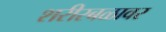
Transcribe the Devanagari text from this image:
शरीरबळावर